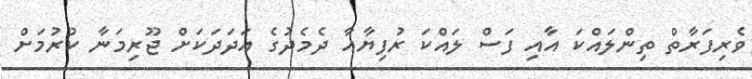
ވެރިފަރާތް ތިންލައްކަ އާއި ފަސް ލައްކަ ރުފިޔާއާ ދެމެދުގެ އަދަދަކަށް ޖޫރިމަނާ ކުރުމަށް